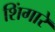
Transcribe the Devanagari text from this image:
शिंगारे